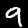
Label: 9